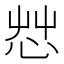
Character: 𢘿